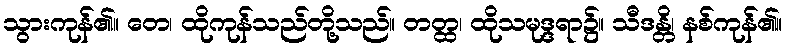
သွားကုန်၏။ တေ၊ ထိုကုန်သည်တို့သည်။ တတ္ထ၊ ထိုသမုဒ္ဒရာ၌။ သီဒန္တိ၊ နစ်ကုန်၏။